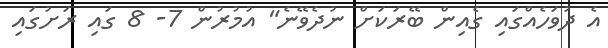
އެ ދުވަހެއްގައި ގެއިން ބޭރަކަށް ނުދެވޭނެ" އުމުރުން 7- 8 ގައި ރަށުގައި